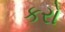
કરો